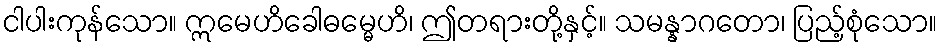
ငါပါးကုန်သော။ ဣမေဟိခေါဓမ္မေဟိ၊ ဤတရားတို့နှင့်။ သမန္နာဂတော၊ ပြည့်စုံသော။